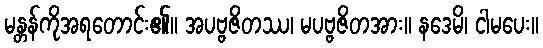
မန္တန်ကိုအရတောင်း၏။ အပဗ္ဗဇိတဿ၊ မပဗ္ဗဇိတအား။ နဒေမိ၊ ငါမပေး။